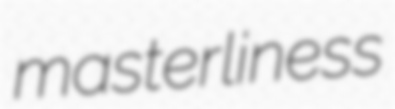
masterliness